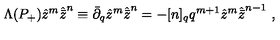
\Lambda ( P _ { + } ) { \hat { z } } ^ { m } { \hat { \bar { z } } } ^ { n } \equiv { \bar { \partial } } _ { q } { \hat { z } } ^ { m } { \hat { \bar { z } } } ^ { n } = - [ n ] _ { q } q ^ { m + 1 } { \hat { z } } ^ { m } { \hat { \bar { z } } } ^ { n - 1 } \ ,